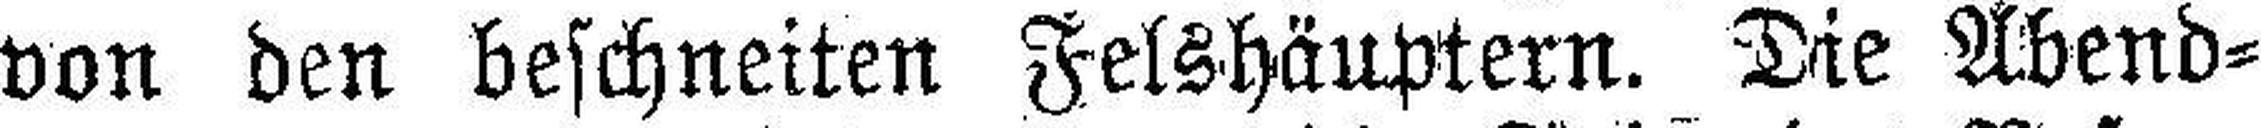
von den beschneiten Felshäuptern. Die Abend¬